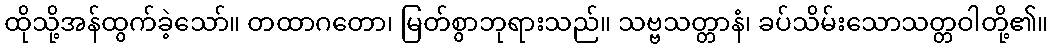
ထိုသို့အန်ထွက်ခဲ့သော်။ တထာဂတော၊ မြတ်စွာဘုရားသည်။ သဗ္ဗသတ္တာနံ၊ ခပ်သိမ်းသောသတ္တဝါတို့၏။